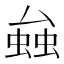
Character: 𧌦